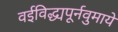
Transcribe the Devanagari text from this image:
वईविद्ध्यपूर्नवुमाये